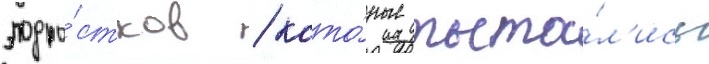
подро́стков / кото́рые пыта́л'ись